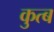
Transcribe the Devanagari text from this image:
कुत्ब